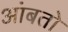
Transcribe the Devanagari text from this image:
आंबतो